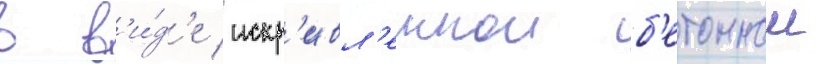
в в'и́д'е искр'ивл'еннои б'етоннои